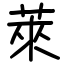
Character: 萊